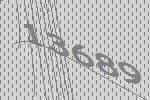
13689